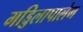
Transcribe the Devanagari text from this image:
मड्डिलापालेम